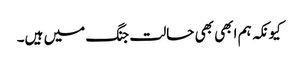
کیونکہ ہم ابھی بھی حالت جنگ میں ہیں۔